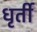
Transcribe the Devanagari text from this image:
धृर्ती